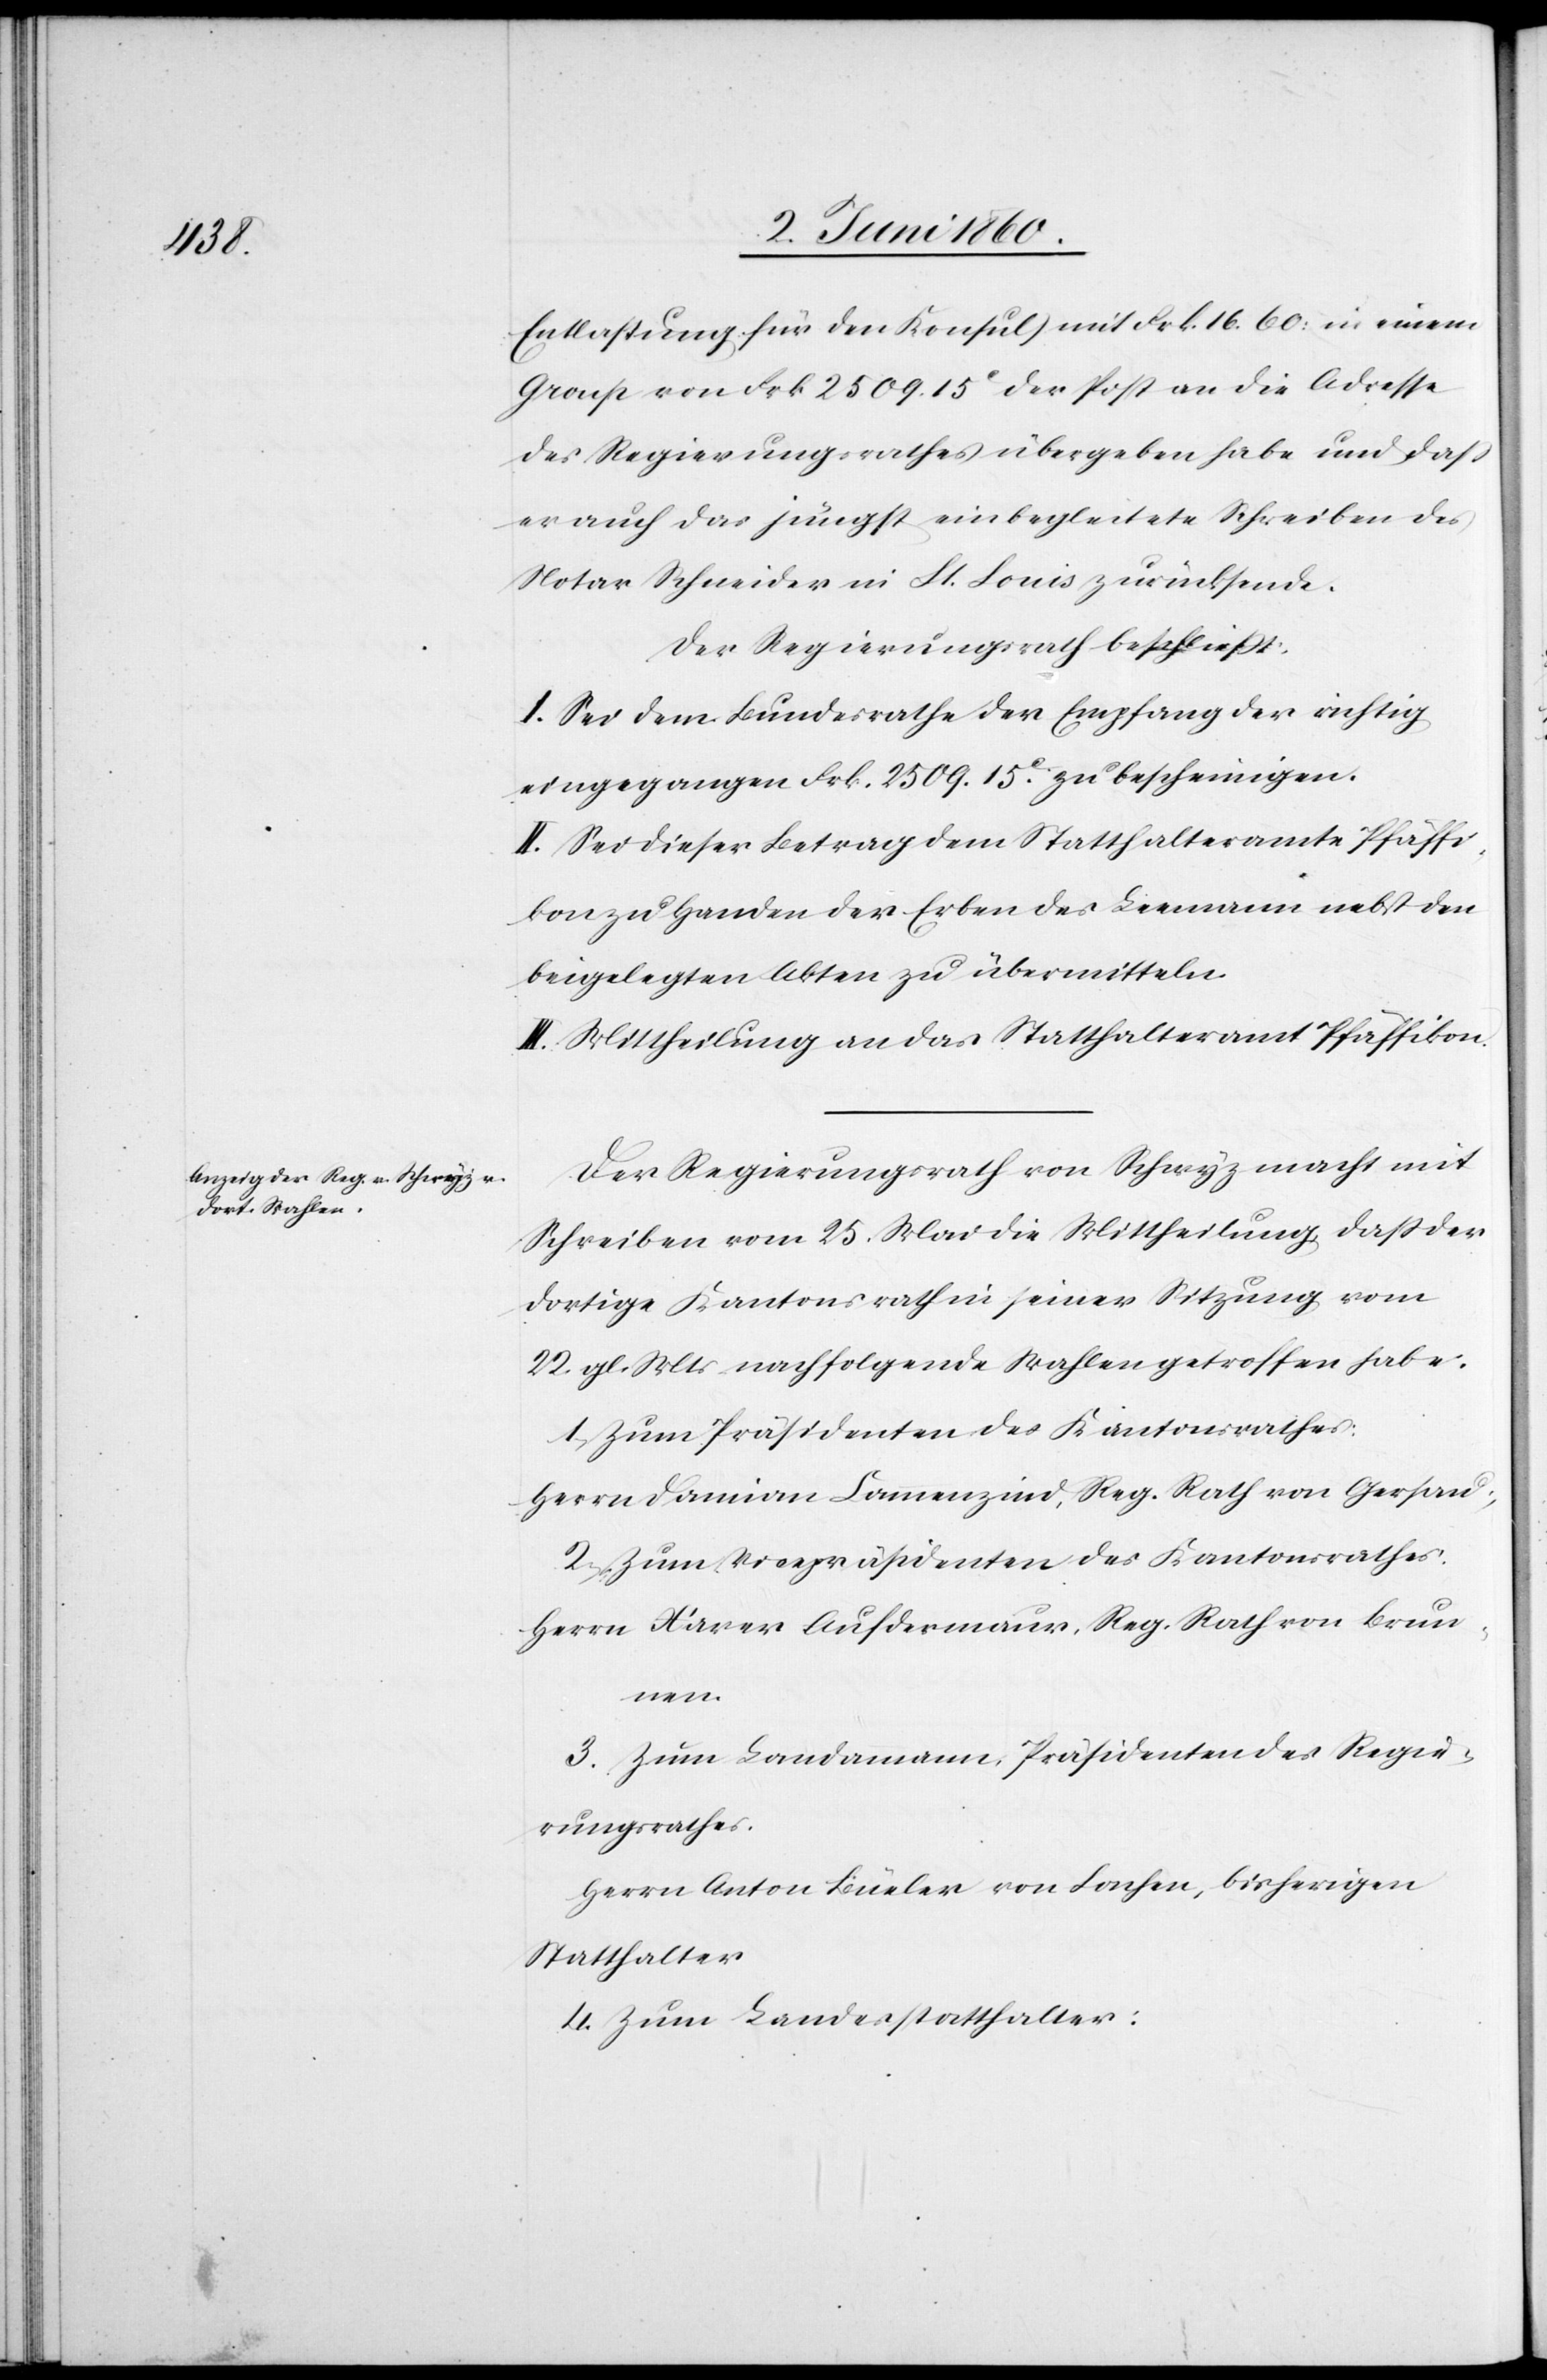
Entlastung für den Konsul) mit Frk. 16. 60 in einem
Group von Frk. 2509. 15C der Post an die Adresse
des Regierungsrathes übergeben habe und dass
er auch das jüngst einbegleitete Schreiben des
Notar Schneider in St. Louis zurücksende.
Der Regierungsrath beschliesst:
I. Sei dem Bundesrathe der Empfang der richtig
eingegangenen Frk. 2509. 15C zu bescheinigen.
II. Sei dieser Betrag dem Statthalteramte Pfäffi¬
kon zu Handen der Erben des Leemann nebst den
beigelegten Akten zu übermitteln.
III. Mittheilung an das Statthalteramt Pfäffikon.
Der Regierungsrath von Schwyz macht mit
Schreiben vom 25. Mai die Mittheilung dass der
dortige Kantonsrath in seiner Sitzung vom
22. gl. Mts. nachfolgende Wahlen getroffen habe:
1. Zum Präsidenten des Kantonsrathes:
Herrn Damian Camenzind, Reg. Rath von Gersau;
2. Zum Vicepräsidenten des Kantonsrathes:
Herrn Xaver Aufdermaur, Reg. Rath von Brun¬
nen.
3. Zum Landammann, Präsident des Regie¬
rungsrathes:
Herrn Anton Büeler von Lachen, bisherigen
Statthalter
4. Zum Landesstatthalter: